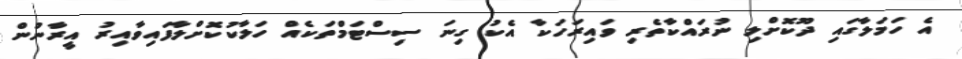
އެ ހަމަލާގައި ދޫކޮށްލި ނުރައްކާތެރި ވައިރަހަކާ އެކު ގިނަ ސިސްޓަމްތަކެއް ހަލާކުކޮށްލާފައިވާއިރު އީރާނުން